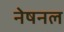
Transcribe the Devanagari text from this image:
नेषनल